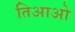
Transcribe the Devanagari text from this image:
तिआओ